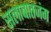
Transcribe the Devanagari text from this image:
सलाबातजंग